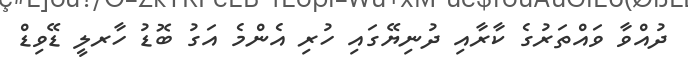
ދުއްވާ ވައްތަރުގެ ކާރާއި ދުނިޔޭގައި ހުރި އެންމެ އަގު ބޮޑު ހާރލީ ޑޭވިޑް